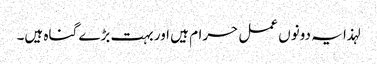
لہذا یہ دونوں عمل حرام ہیں اور بہت بڑے گناہ ہیں۔